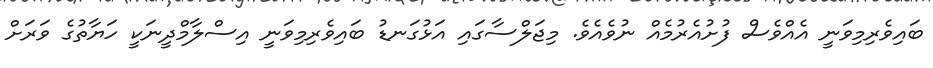
ބައިވެރިމިވަނީ އެއްވެސް ފުށުއެރުމެއް ނުވެއެވެ. މިޖަލްސާގައި އަޅުގަނޑު ބައިވެރިމިވަނީ އިސްލާމްދީނަކީ ހަޔާތުގެ ވަރަށް